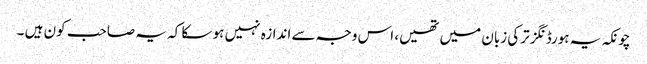
چونکہ یہ ہورڈنگز ترکی زبان میں تھیں، اس وجہ سے اندازہ نہیں ہو سکا کہ یہ صاحب کون ہیں ۔